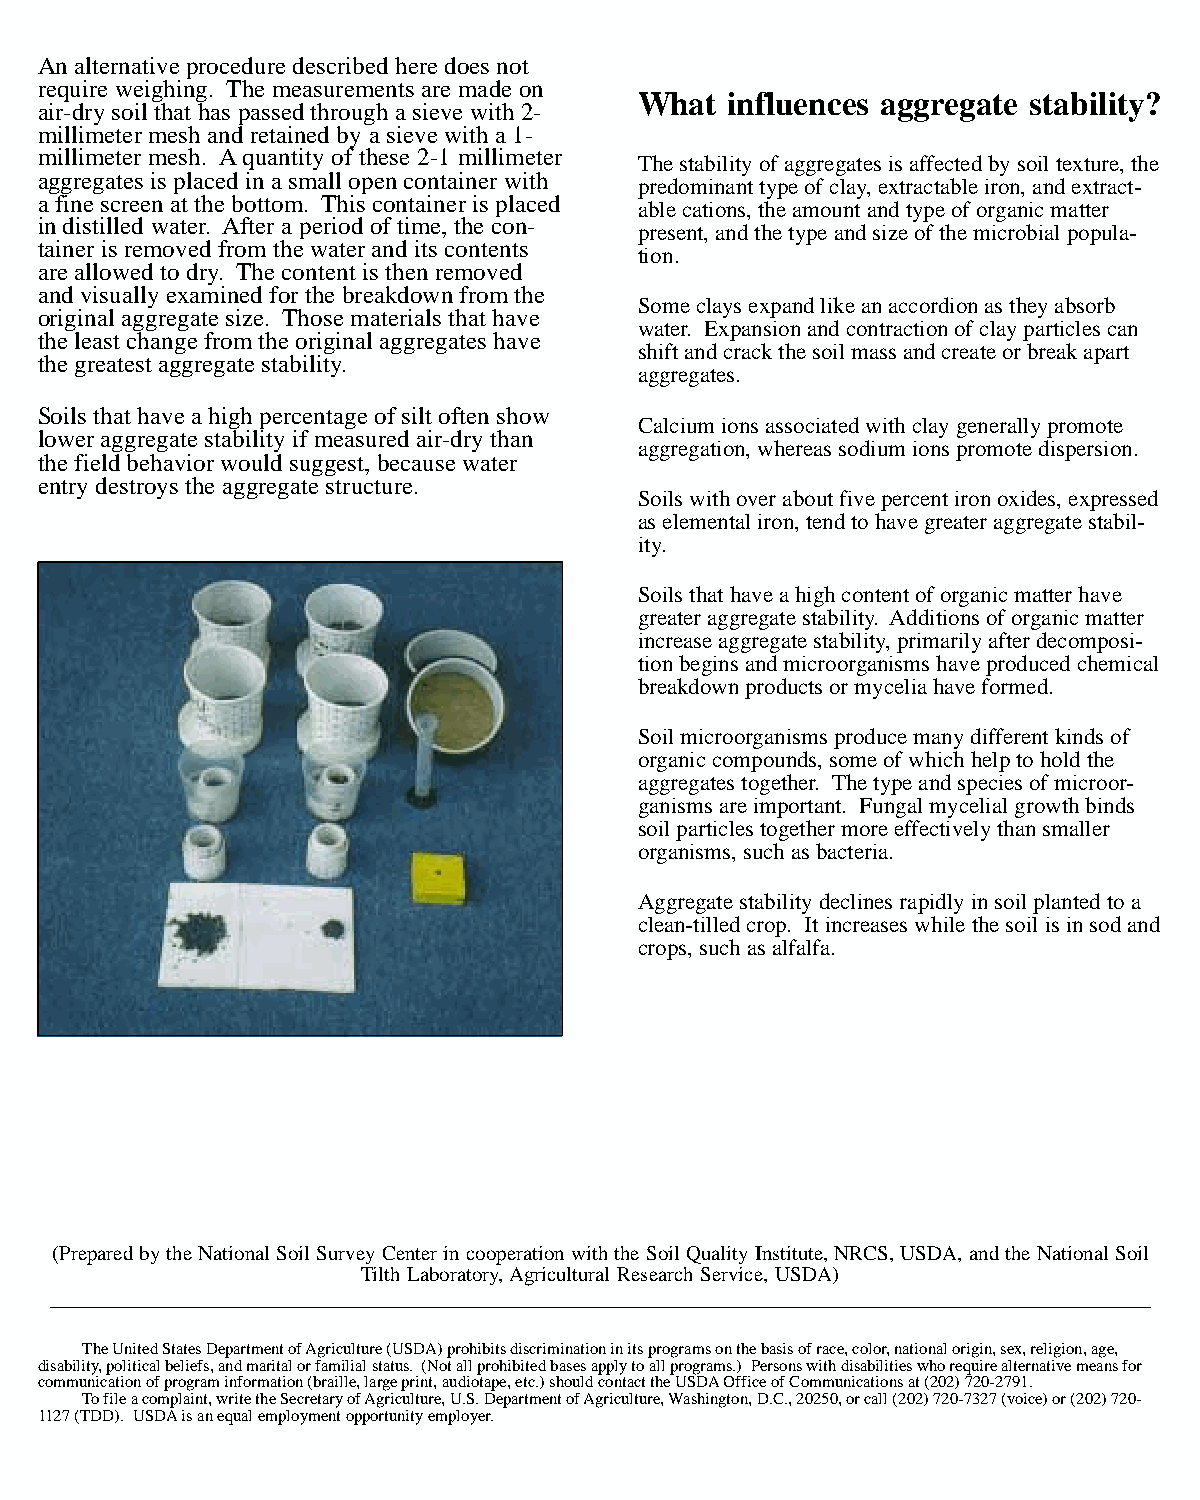
An alternative procedure described here does not
 require weighing. The measurements are made on
 What  influences aggregate stability?
 air-dry soil that has passed through a sieve with 2-
 millimeter mesh and retained by a sieve with a 1-
 millimeter mesh. A quantity of these 2-1 millimeter
 The stability of aggregates is affected by soil texture, the
 aggregates is placed in a small open container with
 predominant type of clay, extractable iron, and extract-
 a fine screen at the bottom. This container is placed
 able cations, the amount and type of organic matter
 in distilled water. After a period of time, the con-
 present, and the type and size of the microbial popula-
 tainer is removed from the water and its contents
 tion.
 are allowed to dry. The content is then removed
 and visually examined for the breakdown from the
 Some clays expand like an accordion as they absorb
 original aggregate size. Those materials that have
 water. Expansion and contraction of clay particles can
 the least change from the original aggregates have
 shift and crack the soil mass and create or break apart
 the greatest aggregate stability.
 aggregates.
 Soils that have a high percentage of silt often show
 Calcium ions associated with clay generally promote
 lower aggregate stability if measured air-dry than
 aggregation, whereas sodium ions promote dispersion.
 the field behavior would suggest, because water
 entry destroys the aggregate structure.
 Soils with over about five percent iron oxides, expressed
 as elemental iron, tend to have greater aggregate stabil-
 ity.
 Soils that have a high content of organic matter have
 greater aggregate stability. Additions of organic matter
 increase aggregate stability, primarily after decomposi-
 tion begins and microorganisms have produced chemical
 breakdown products or mycelia have formed.
 Soil microorganisms produce many different kinds of
 organic compounds, some of which help to hold the
 aggregates together. The type and species of microor-
 ganisms are important. Fungal mycelial growth binds
 soil particles together more effectively than smaller
 organisms, such as bacteria.
 Aggregate stability declines rapidly in soil planted to a
 clean-tilled crop. It increases while the soil is in sod and
 crops, such as alfalfa.
 (Prepared by the National Soil Survey Center in cooperation with the Soil Quality Institute, NRCS, USDA, and the National Soil
 Tilth Laboratory, Agricultural Research Service, USDA)
 ________________________________________________________________________________________
 The United States Department of Agriculture (USDA) prohibits discrimination in its programs on the basis of race, color, national origin, sex, religion, age,
 disability, political beliefs, and marital or familial status. (Not all prohibited bases apply to all programs.) Persons with disabilities who require alternative means for
 communication of program information (braille, large print, audiotape, etc.) should contact the USDA Office of Communications at (202) 720-2791.
 To file a complaint, write the Secretary of Agriculture, U.S. Department of Agriculture, Washington, D.C., 20250, or call (202) 720-7327 (voice) or (202) 720-
 1127 (TDD). USDA is an equal employment opportunity employer.